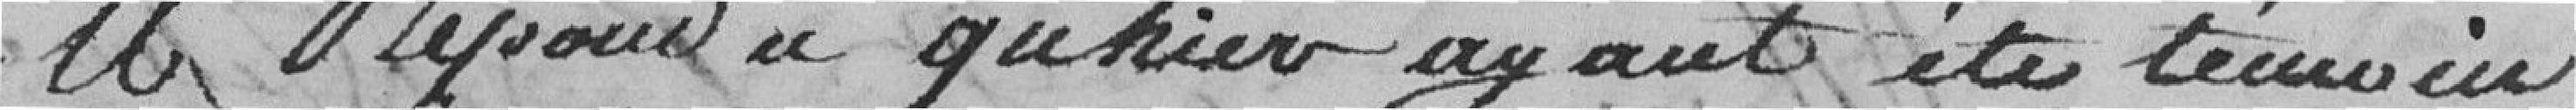
A répondu qu'hier, ayant été témoin